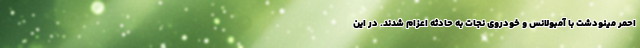
احمر مینودشت با آمبولانس و خودروی نجات به حادثه اعزام شدند. در این